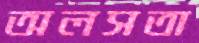
অলসতা